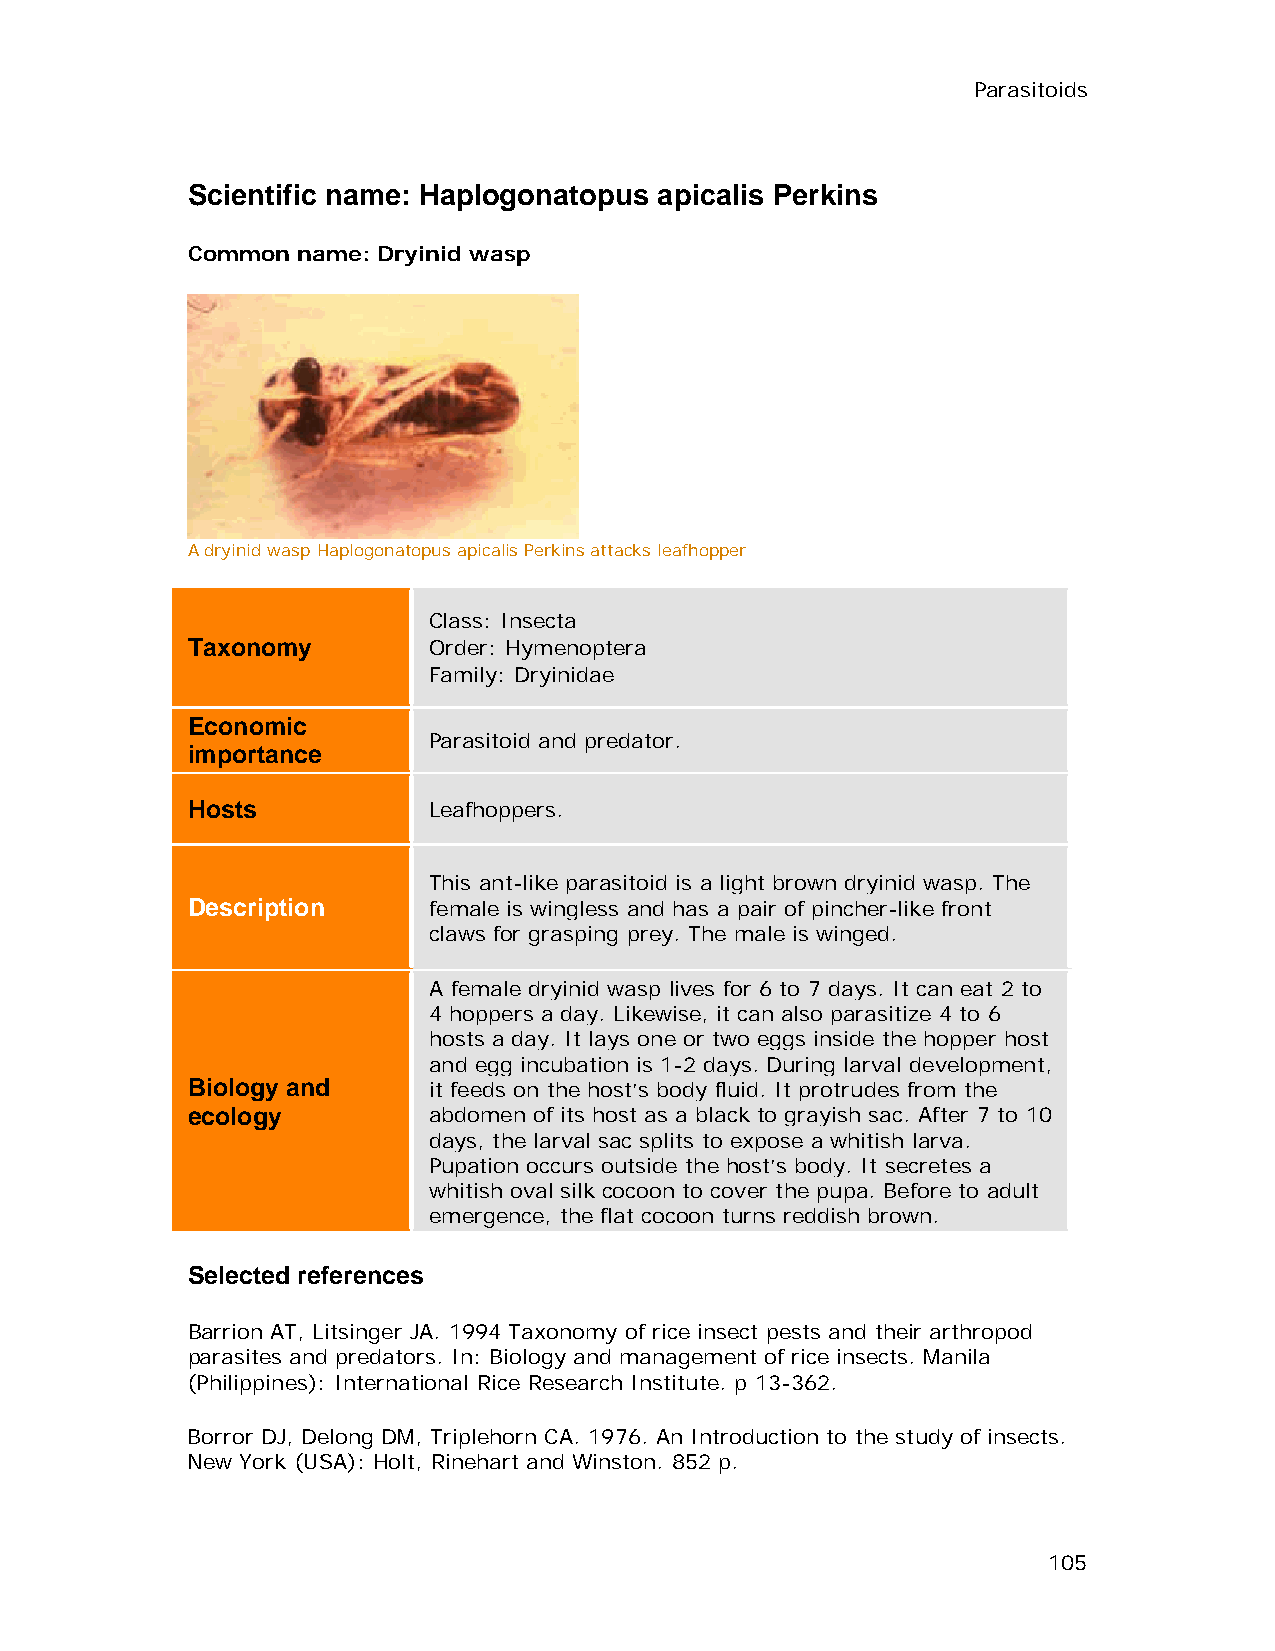
Parasitoids
 Scientific name: Haplogonatopus apicalis Perkins
 Common  name: Dryinid wasp
 A dryinid wasp Haplogonatopus apicalis Perkins attacks leafhopper
 Class: Insecta
 Taxonomy        Order: Hymenoptera
 Family: Dryinidae
 Economic
 Parasitoid and predator.
 importance
 Hosts           Leafhoppers.
 This ant-like parasitoid is a light brown dryinid wasp. The
 Description     female is wingless and has a pair of pincher-like front
 claws for grasping prey. The male is winged.
 A female dryinid wasp lives for 6 to 7 days. It can eat 2 to
 4 hoppers a day. Likewise, it can also parasitize 4 to 6
 hosts a day. It lays one or two eggs inside the hopper host
 and egg incubation is 1-2 days. During larval development,
 Biology and     it feeds on the host’s body fluid. It protrudes from the
 ecology         abdomen of its host as a black to grayish sac. After 7 to 10
 days, the larval sac splits to expose a whitish larva.
 Pupation occurs outside the host’s body. It secretes a
 whitish oval silk cocoon to cover the pupa. Before to adult
 emergence, the flat cocoon turns reddish brown.
 Selected references
 Barrion AT, Litsinger JA. 1994 Taxonomy of rice insect pests and their arthropod
 parasites and predators. In: Biology and management of rice insects. Manila
 (Philippines): International Rice Research Institute. p 13-362.
 Borror DJ, Delong DM, Triplehorn CA. 1976. An Introduction to the study of insects.
 New York (USA): Holt, Rinehart and Winston. 852 p.
 105